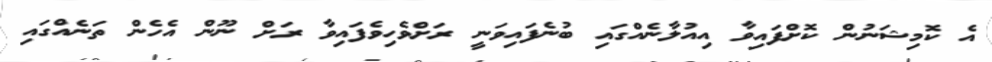
އެ ކޮމިޝަނުން ކޮށްފައިވާ އިއުލާނެއްގައި ބުނެފައިވަނީ ރަށްވެހިވެފައިވާ ރަށް ނޫން އެހެން ތަނެއްގައި